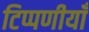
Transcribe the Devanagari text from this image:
टिप्पणीयाँ